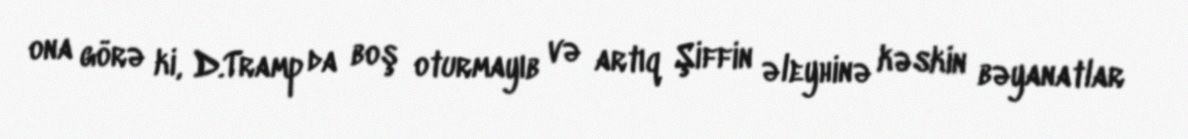
ona görə ki, D.Tramp da boş oturmayıb və artıq Şiffin əleyhinə kəskin bəyanatlar